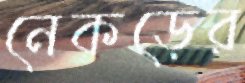
নেকড়ের